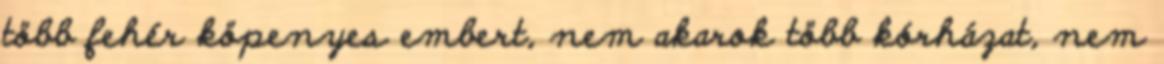
több fehér köpenyes embert, nem akarok több kórházat, nem